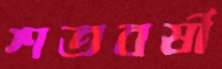
শতবর্ষী